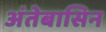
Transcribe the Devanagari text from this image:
अंतेबासिन